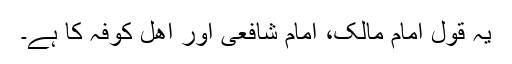
یہ قول امام مالک، امام شافعی اور اھل کوفہ کا ہے۔